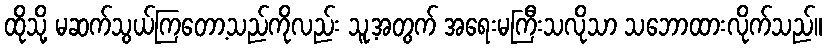
ထိုသို့ မဆက်သွယ်ကြတော့သည်ကိုလည်း သူ့အတွက် အရေးမကြီးသလိုသာ သဘောထားလိုက်သည်။